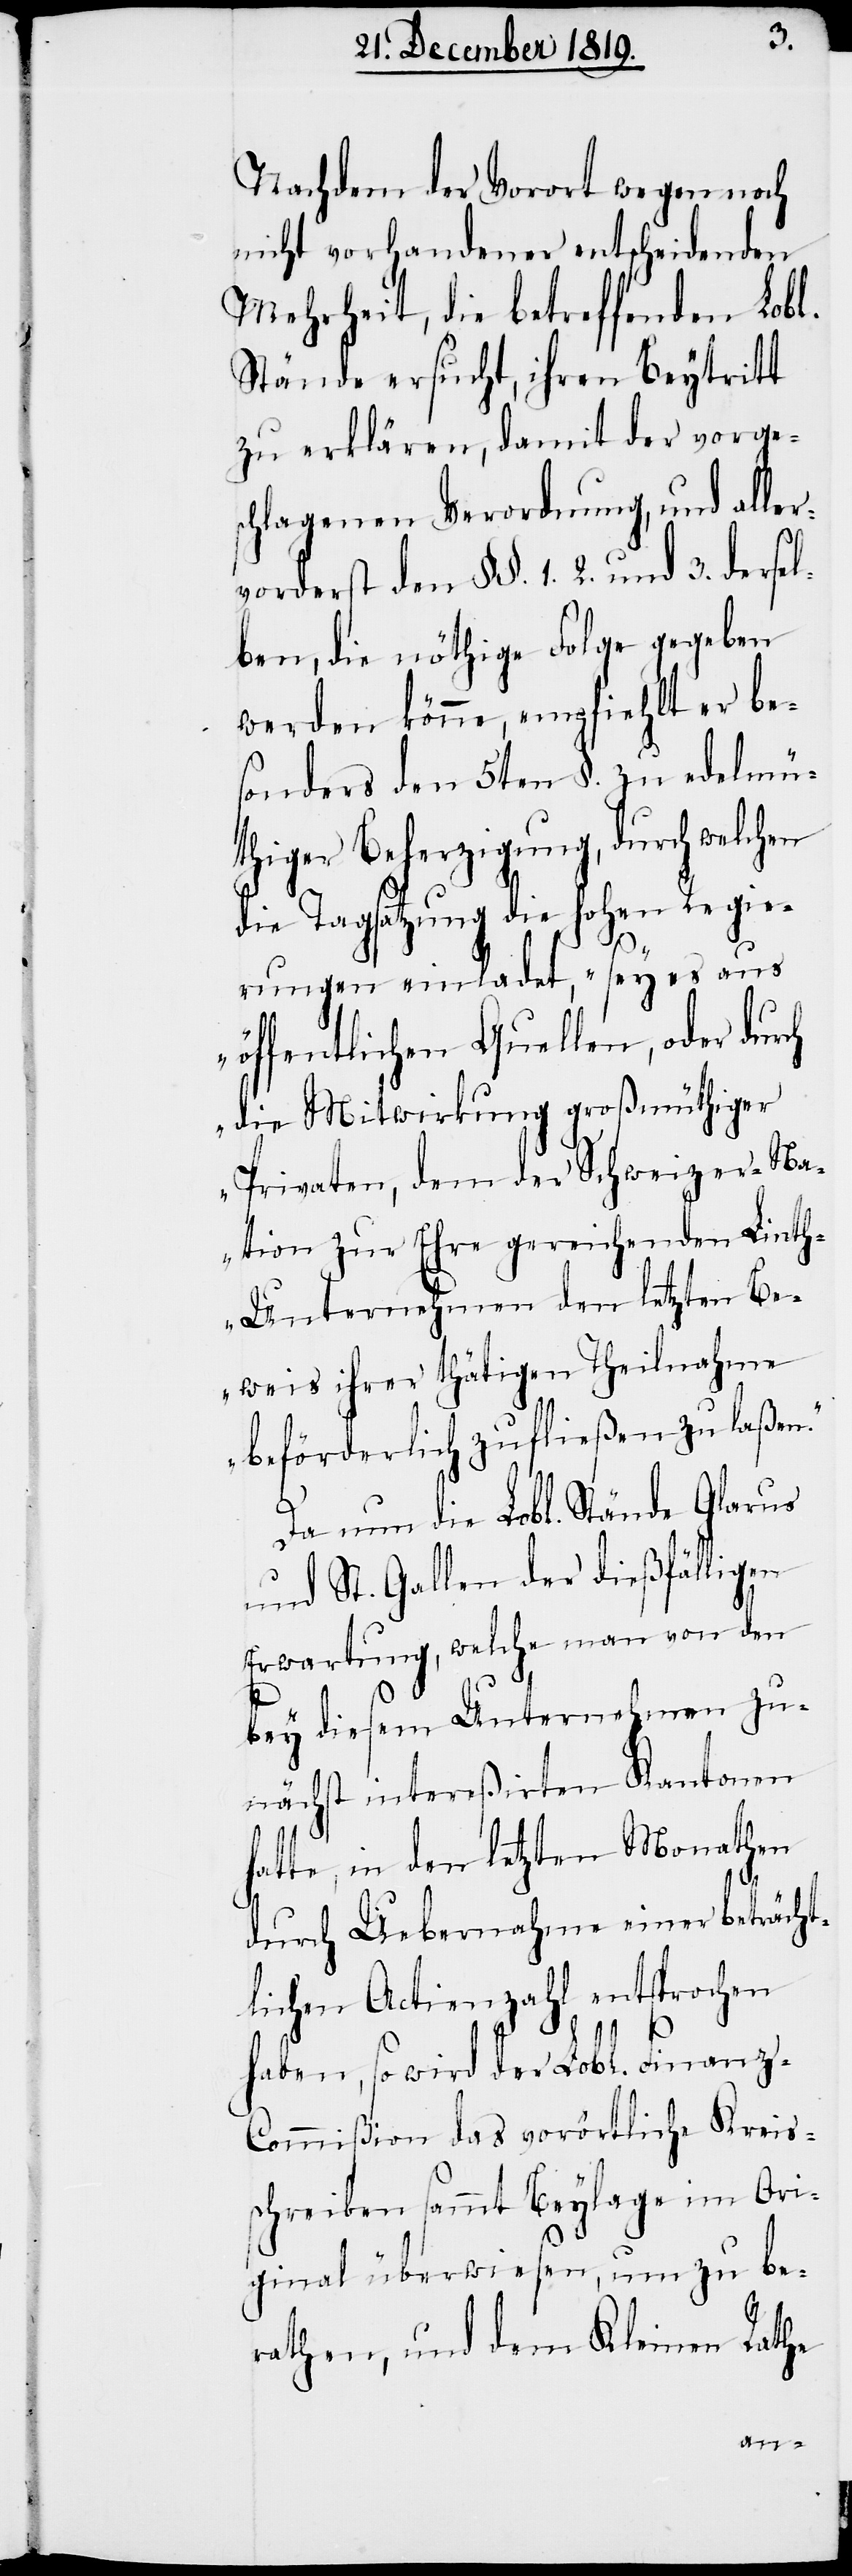
Nachdem der Vorort wegen noch
nicht vorhandener entscheidenden
Mehrheit, die betreffenden Lobl.
Stände ersucht, ihren Beytritt
zu erklären, damit der vorges¬
chlagenen Verordnung, und aller¬
vorderst den §§. 1. 2. und 3. dersel¬
ben, die nöthige Folge gegeben
werden könne, empfiehlt er be¬
sonders den 5ten §. zu edelmü¬
thiger Beherzigung, durch welchen
die Tagsatzung die hohen Regie¬
rungen einladet, „sey es aus
öffentlichen Quellen, oder durch
die Mitwirkung großmüthiger
Privaten, dem der Schweizer-Na¬
tion zur Ehre gereichenden Lint¬
h-Unternehmen den letzten Be¬
weis ihrer thätigen Theilnahme
beförderlich zufließen zu laßen.“
Da nun die Lobl. Stände Glarus
und St. Gallen der dießfälligen
Erwartung, welche man von den
bey diesem Unternehmen zu¬
nächst intereßirten Kantonen
atte, in den letzten Monathen
durch Uebernahme einer beträcht¬
lichen Actienzahl entsprochen
Finanz-C¬
haben, so wird der Lobl.
ommißion das vorörtliche Kreis¬
schreiben sammt Beylage im Ori¬
ginal überwiesen, um zu be¬
rathen, und dem Kleinen Rathe
h¬